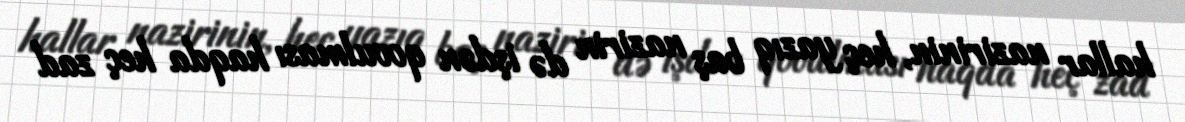
hallar nazirinin, heç yazıq baş nazirin də işdən qovulması haqda heç zad